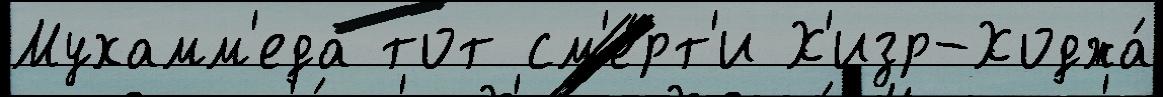
Мухамм'еда тот см'е́рт'и Х'изр-Ходжа́